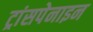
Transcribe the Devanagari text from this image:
ट्रांसपेनाइन